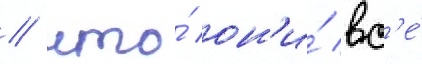
/ что́ он'и́ вс'е́